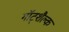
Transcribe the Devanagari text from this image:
गॉट्शैल्क